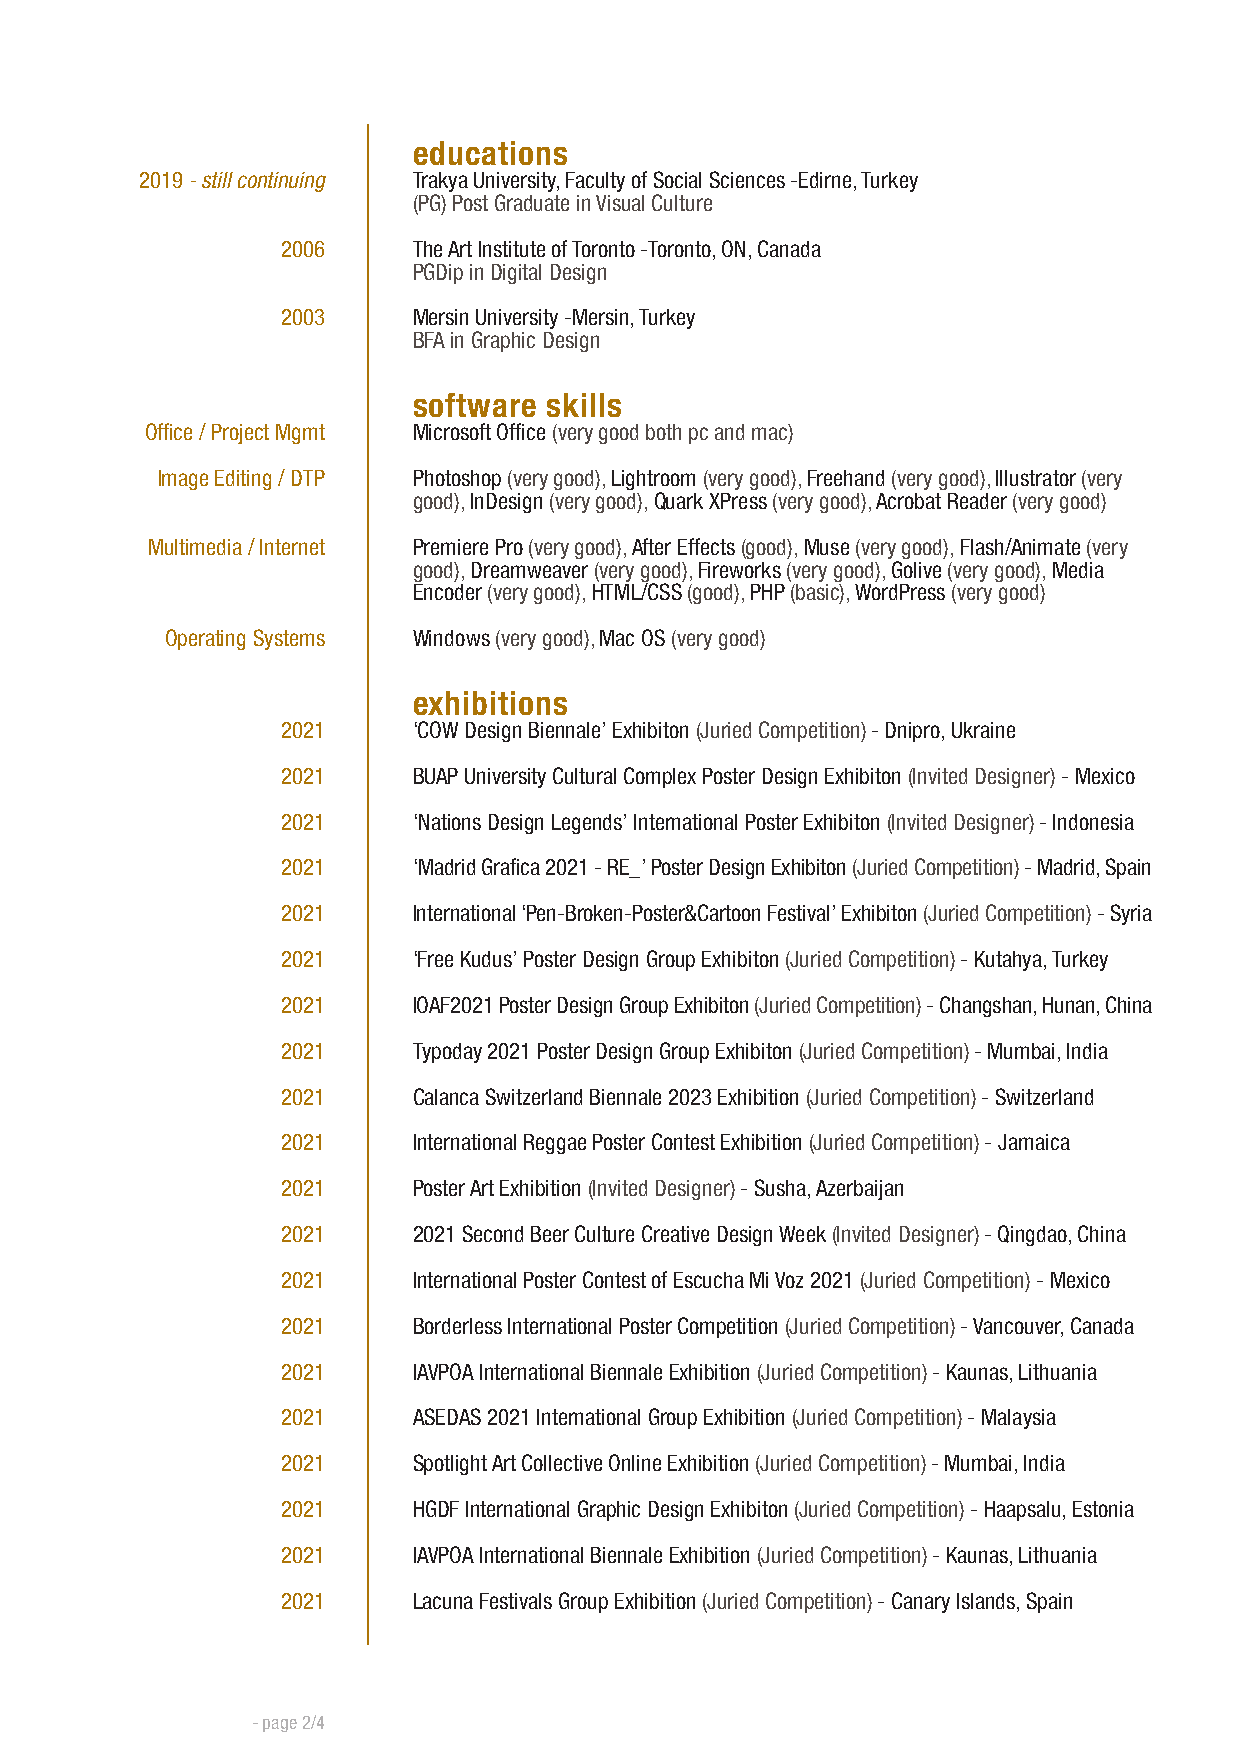
educations
 2019 - still continuing Trakya University, Faculty of Social Sciences -Edirne, Turkey
 (PG) Post Graduate in Visual Culture
 2006    The Art Institute of Toronto -Toronto, ON, Canada
 PGDip in Digital Design
 2003    Mersin University -Mersin, Turkey
 BFA in Graphic Design
 software skills
 Office / Project Mgmt Microsoft Office (very good both pc and mac)
 Image Editing / DTP Photoshop (very good), Lightroom (very good), Freehand (very good), Illustrator (very
 good), InDesign (very good), Quark XPress (very good), Acrobat Reader (very good)
 Multimedia / Internet Premiere Pro (very good), After Effects (good), Muse (very good), Flash/Animate (very
 good), Dreamweaver (very good), Fireworks (very good), Golive (very good), Media
 Encoder (very good), HTML/CSS (good), PHP (basic), WordPress (very good)
 Operating Systems Windows (very good), Mac OS (very good)
 exhibitions
 2021    ‘COW Design Biennale’ Exhibiton (Juried Competition) - Dnipro, Ukraine
 2021    BUAP University Cultural Complex Poster Design Exhibiton (Invited Designer) - Mexico
 2021    ‘Nations Design Legends’ International Poster Exhibiton (Invited Designer) - Indonesia
 2021    ‘Madrid Grafica 2021 - RE_’ Poster Design Exhibiton (Juried Competition) - Madrid, Spain
 2021    International ‘Pen-Broken-Poster&Cartoon Festival’ Exhibiton (Juried Competition) - Syria
 2021    ‘Free Kudus’ Poster Design Group Exhibiton (Juried Competition) - Kutahya, Turkey
 2021    IOAF2021 Poster Design Group Exhibiton (Juried Competition) - Changshan, Hunan, China
 2021    Typoday 2021 Poster Design Group Exhibiton (Juried Competition) - Mumbai, India
 2021    Calanca Switzerland Biennale 2023 Exhibition (Juried Competition) - Switzerland
 2021    International Reggae Poster Contest Exhibition (Juried Competition) - Jamaica
 2021    Poster Art Exhibition (Invited Designer) - Susha, Azerbaijan
 2021    2021 Second Beer Culture Creative Design Week (Invited Designer) - Qingdao, China
 2021    International Poster Contest of Escucha Mi Voz 2021 (Juried Competition) - Mexico
 2021    Borderless International Poster Competition (Juried Competition) - Vancouver, Canada
 2021    IAVPOA International Biennale Exhibition (Juried Competition) - Kaunas, Lithuania
 2021    ASEDAS 2021 International Group Exhibition (Juried Competition) - Malaysia
 2021    Spotlight Art Collective Online Exhibition (Juried Competition) - Mumbai, India
 2021    HGDF International Graphic Design Exhibiton (Juried Competition) - Haapsalu, Estonia
 2021    IAVPOA International Biennale Exhibition (Juried Competition) - Kaunas, Lithuania
 2021    Lacuna Festivals Group Exhibition (Juried Competition) - Canary Islands, Spain
 - page 2/4